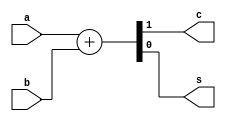
/*********************************************************************************
*FileName:	adder
*Version:	v1
*Description:  
			adder1 
			adder2 ,c=ab s=a^b;
			adder3 ,
			full_adder1 
			full_adder2 8
			full_adder3 c=ab+acin+bcins=a^b^cin;
			full_adder5 
*Others:  
*Function List:
1.
2.
*History:  //
1.Date:
Author:
Modification:
2.
**********************************************************************************/
module adder1(a,b,c,s);
input a,b;
output c,s;

assign {c,s}=a+b;

endmodule

module adder2(a,b,c,s);
input a,b;
output c,s;

assign c=a&b;
assign s=a^b;

endmodule

module adder3(a,b,c,s);
input a,b;
output c,s;

and u1 (c,a,b);
xor u2 (s,a,b);

endmodule

module full_adder1(a,b,cin,c,s);
input a,b,cin;
output c,s;

assign {c,s}=a+b+cin;

endmodule

module full_adder2(a,b,cin,c,s);
input [7:0] a,b;
input cin;
output c;
output [7:0] s;

assign {c,s}=a+b+cin;

endmodule

module full_adder3(a,b,cin,c,s);
input a,b,cin;
output c,s;

assign c=a&b+a&cin+b&cin;
assign s=a^b^cin;

endmodule

module full_adder4(a,b,cin,c,s);
input a,b,cin;
output c,s;
wire c1,c2,c3;

and u1 (c1,a,b);
and u2 (c2,a,cin);
and u3 (c3,b,cin);
or u4 (c,c1,c2,c3);
xor u5 (s,a,b,cin);

endmodule

module full_adder5(a,b,cin,c,s);
input a,b,cin;
output c,s;
wire c1,s1,c2;

adder1 u5 (a,b,c1,s1);
adder1 u6 (s1,cin,c2,s);

assign c=c1|c2;

endmodule



module adder_tb ;
reg a,b,cin;
wire c1,c2,c3,c4,c5,c6,c7;
wire s1,s2,s3,s4,s5,s6,s7;
wire [6:0] c,s;

adder1 u1 (a,b,c1,s1);
adder2 u2 (a,b,c2,s2);
adder3 u3 (a,b,c3,s3);
full_adder1 u4 (a,b,cin,c4,s4);
full_adder3 u5 (a,b,cin,c5,s5);
full_adder4 u6 (a,b,cin,c6,s6);
full_adder5 u7 (a,b,cin,c7,s7);

assign c={c1,c2,c3,c4,c5,c6,c7};
assign s={s1,s2,s3,s4,s5,s6,s7};

initial begin
{a,b,cin}=3'b101;
end

endmodule

module full_adder2_tb;
reg cin;
reg [7:0] a,b;
wire [7:0] s;
full_adder2 U1 (a,b,cin,c,s);

initial begin
a=8'b1000_1011;
b=8'b1000_1011;
cin=1'b1;
end

endmodule